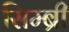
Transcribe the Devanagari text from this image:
सिम्ब्री